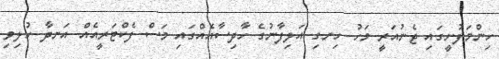
ހިންމަފުށީގައި ޖެނުއަރީ މަހު ހިނގި އަލިފާނުގެ ހާދިސާއެއްގައި މަސް ފެކްޓަރީއެއް އަނދާ ހުލިވި